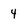
Character: 4